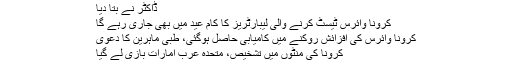
ڈاکٹر نے بتا دیا
کرونا وائرس ٹیسٹ کرنے والی لیبارٹریز کا کام عید میں‌ بھی جاری رہے گا
کرونا وائرس کی افزائش روکنے میں کامیابی حاصل ہوگئی، طبی ماہرین کا دعویٰ
کرونا کی منٹوں میں تشخیص، متحدہ عرب امارات بازی لے گیا